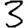
Digit: 3